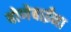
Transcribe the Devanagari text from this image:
बोणेबाईंना